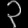
Digit: ၃